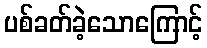
ပစ်ခတ်ခဲ့သောကြောင့်